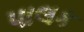
પાલક